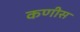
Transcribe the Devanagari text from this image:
कणीस